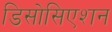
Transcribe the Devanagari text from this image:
डिसोसिएशन